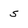
Character: 5